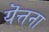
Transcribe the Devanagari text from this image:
यॆत्तना